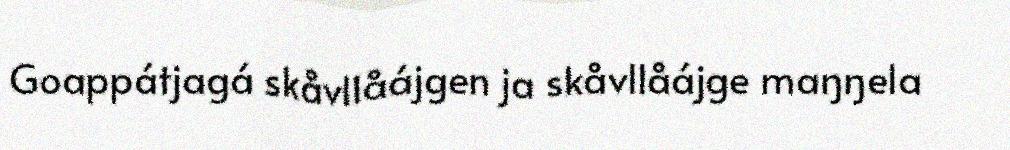
Goappátjagá skåvllåájgen ja skåvllåájge maŋŋela